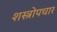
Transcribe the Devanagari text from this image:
शस्त्रोपचार